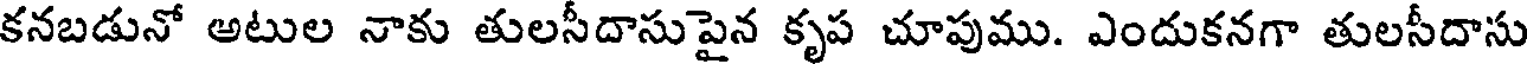
కనబడునో అటుల నాకు తులసీదాసుపైన కృప చూపుము. ఎందుకనగా తులసీదాసు